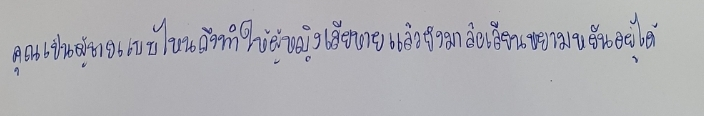
คุณเป็นผู้ชายแบบไหนถึงทำให้ผู้หญิงเสียหายแล้วยังมาล้อเลียนหยามหยันอยู่ได้"